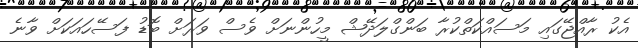
އެކު ރާއްޖޭގައި މަސައްކަތްކުރާ ބަންގްލަދޭޝް މީހުންނަށް ވެސް ވަރަށް ބޮޑު ފަސޭހައަކަށް ވާނެ